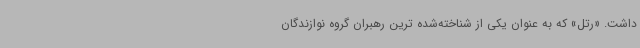
داشت. «رتل» که به عنوان یکی از شناخته‌شده ترین رهبران گروه نوازندگان